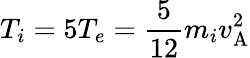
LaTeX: T_{i}=5T_{e}=\frac{5}{12}m_{i}v_{\mathrm{A}}^{2}